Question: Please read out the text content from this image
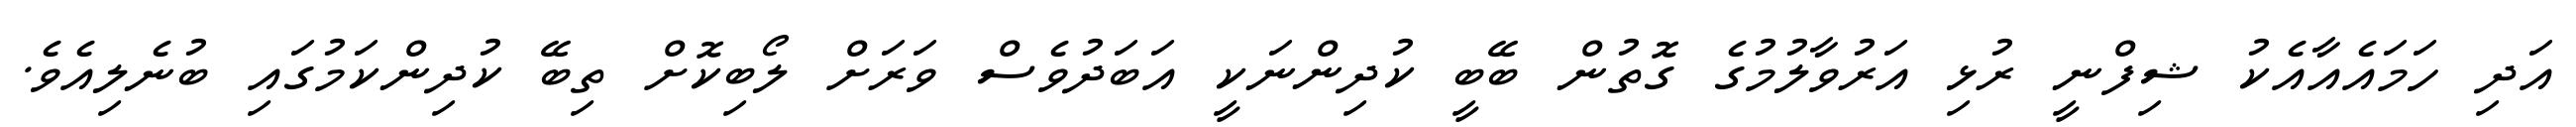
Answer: އަދި ހަމައެއާއެކު ޝިފްނީ ރުޅި އަރުވާލުމުގެ ގޮތުން ބޭބީ ކުދިންނަކީ އަބަދުވެސް ވަރަށް ލޯބިކޮށް ތިބޭ ކުދިންކަމުގައި ބުނެލިއެވެ.